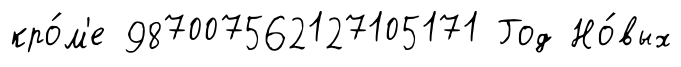
кро́м'е 987007562127105171 Год Но́вых